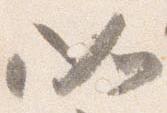
如